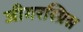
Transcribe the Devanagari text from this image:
जीगरस्प्रिस